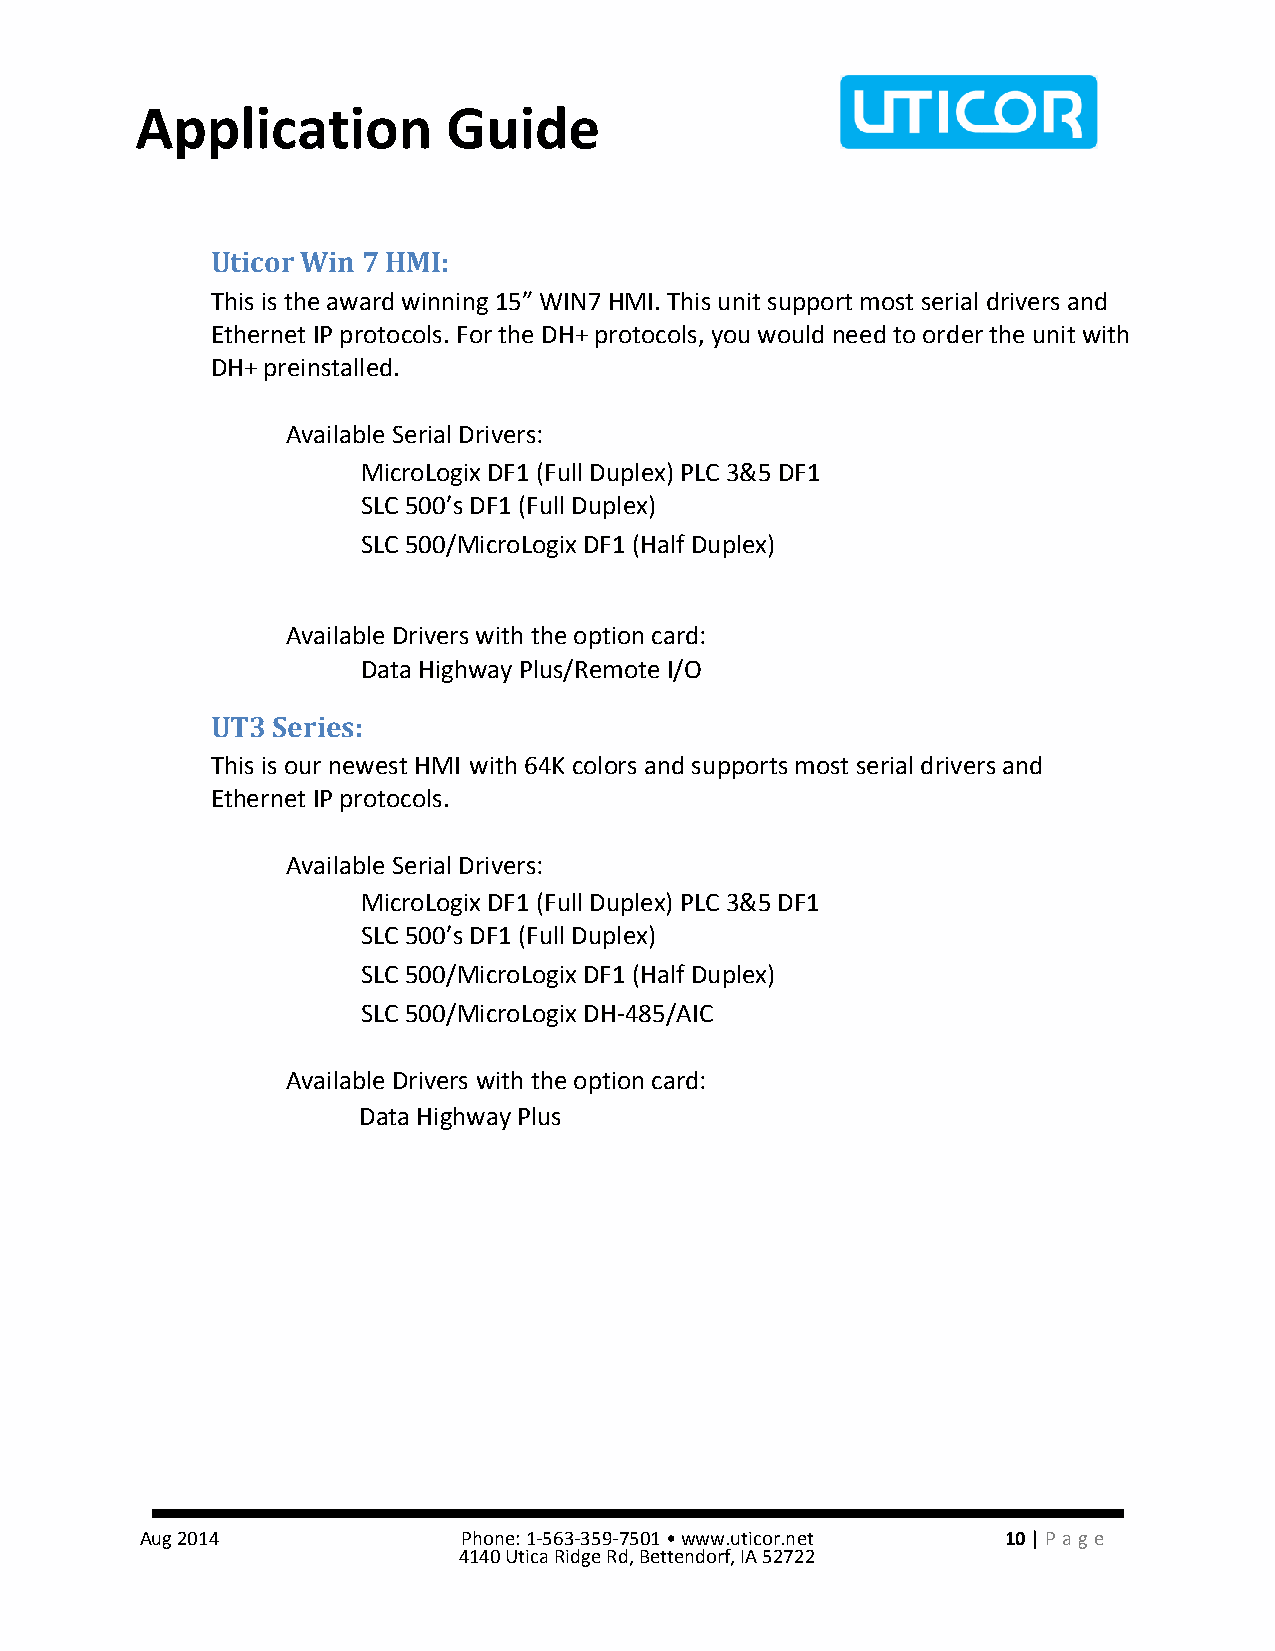
Application          Guide
 Uticor Win 7 HMI:
 This is the award winning 15” WIN7 HMI. This unit support most serial drivers and
 Ethernet IP protocols. For the DH+ protocols, you would need to order the unit with
 DH+ preinstalled.
 Available Serial Drivers:
 MicroLogix DF1 (Full Duplex) PLC 3&5 DF1
 SLC 500’s DF1 (Full Duplex)
 SLC 500/MicroLogix DF1 (Half Duplex)
 Available Drivers with the option card:
 Data Highway Plus/Remote I/O
 UT3 Series:
 This is our newest HMI with 64K colors and supports most serial drivers and
 Ethernet IP protocols.
 Available Serial Drivers:
 MicroLogix DF1 (Full Duplex) PLC 3&5 DF1
 SLC 500’s DF1 (Full Duplex)
 SLC 500/MicroLogix DF1 (Half Duplex)
 SLC 500/MicroLogix DH-485/AIC
 Available Drivers with the option card:
 Data Highway Plus
 Aug 2014              Phone: 1-563-359-7501 • www.uticor.net 10 | Pa ge
 4140 Utica Ridge Rd, Bettendorf, IA 52722